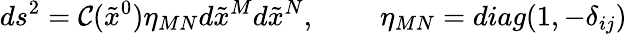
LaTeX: ds^{2}=\mathcal{C}(\tilde{{x}}^{0})\eta_{MN}d\tilde{{x}}^{M}d\tilde{{x}}^{N},~~~~~~~~~\eta_{MN}=diag(1,-\delta_{ij})